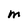
Character: M